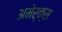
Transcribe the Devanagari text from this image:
अमेर्क्स